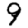
Digit: 9